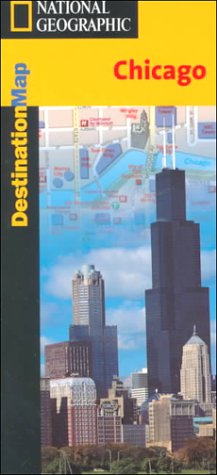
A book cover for National Geographic Chicago (National Geographic Destination Map); National Geographic Society; Travel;